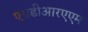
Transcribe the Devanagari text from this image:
एसडीआरएएम